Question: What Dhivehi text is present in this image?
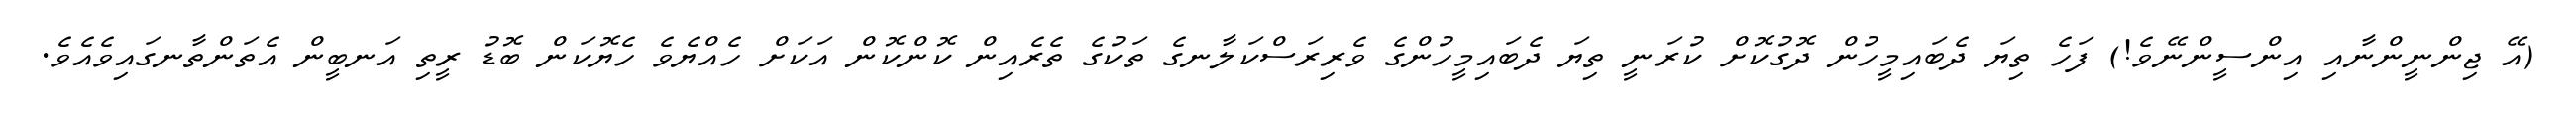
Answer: (އޭ ޖިންނީންނާއި އިންސީންނޭވެ!) ފަހެ ތިޔަ ދެބައިމީހުން ދޮގުކޮށް ކުރަނީ ތިޔަ ދެބައިމީހުންގެ ވެރިރަސްކަލާނގެ ތަކުގެ ތެރެއިން ކޮންކޮން އަކަށް ހެއްޔެވެ ހެޔޮކަން ބޮޑު ރީތި އަނބީން އެތަންތާނގައިވެއެވެ.